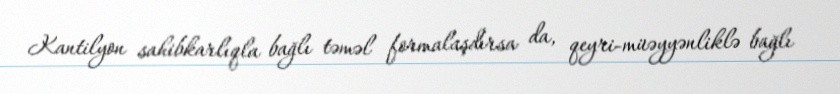
Kantilyon sahibkarlıqla bağlı təməl formalaşdırsa da, qeyri-müəyyənliklə bağlı